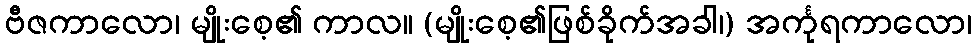
ဗီဇကာလော၊ မျိုးစေ့၏ ကာလ။ (မျိုးစေ့၏ဖြစ်ခိုက်အခါ၊) အင်္ကုရကာလော၊